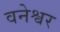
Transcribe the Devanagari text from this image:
वनेश्वर